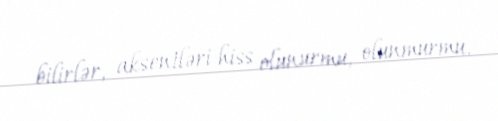
bilirlər, aksentləri hiss olunurmu, olunmurmu.